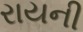
રાયની